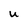
Character: U